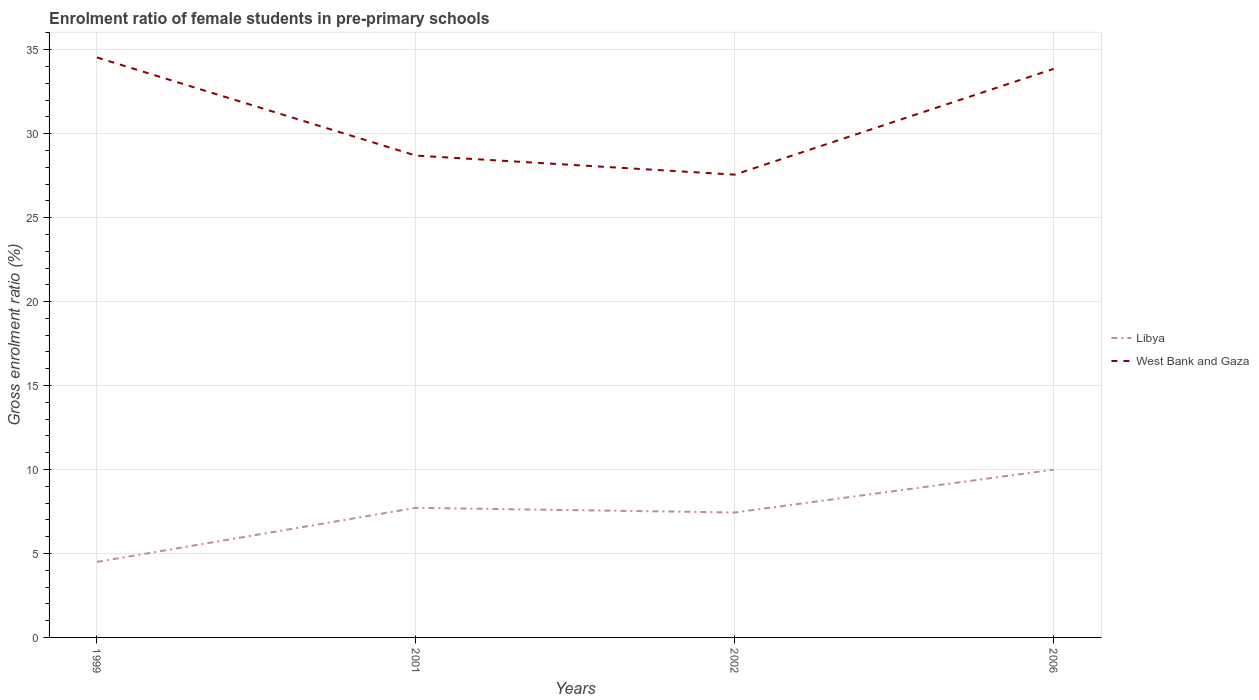
| Years | Libya | West Bank and Gaza |
 | --- | --- | --- |
 | 1999 | 4.5 | 34.5 |
 | 2001 | 7.72 | 28.7 |
 | 2002 | 7.44 | 27.6 |
 | 2006 | 9.99 | 33.9 |